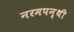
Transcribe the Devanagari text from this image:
नरमपन्थी